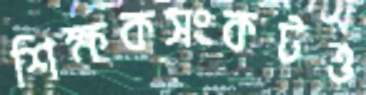
শিক্ষকসংকটও